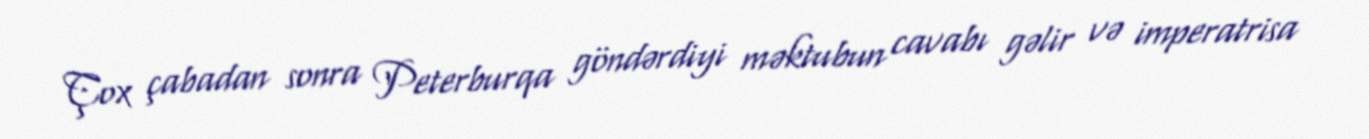
Çox çabadan sonra Peterburqa göndərdiyi məktubun cavabı gəlir və imperatrisa